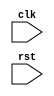
module reset_behavior (
    input wire clk,
    input wire rst,
    // Declare other input/output ports here
);

// Declare state variables and signals here

always @(posedge rst) begin
    // Behavior triggered on positive edge of reset signal
    // Insert code here to synchronize signals or initialize design state on reset
end

endmodule